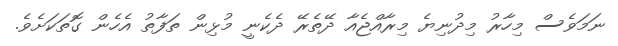
ނަމަވެސް މިހާރު މިދުނިޔެ މިރާއްޖެއާ ދޭތެރޭ ދެކެނީ މުޅިން ތަފާތު އެހެން ގޮތަކަށެވެ.